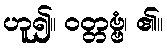
ဟူ၍။ ဝတ္တဗ္ဗံ၊ ၏။